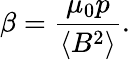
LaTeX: \beta={\frac{\mu_{0}p}{\langle B^{2}\rangle}}.